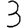
Digit: 3